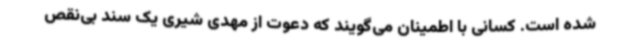
شده است. کسانی با اطمینان می‌گویند که دعوت از مهدی شیری یک سند بی‌نقص